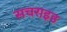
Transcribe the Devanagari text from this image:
सचराइड